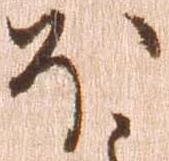
ほ